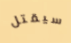
سيقتل